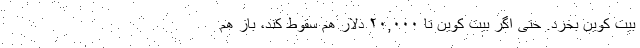
بیت کوین بخرد. حتی اگر بیت کوین تا ۲۰,۰۰۰ دلار هم سقوط کند، باز هم